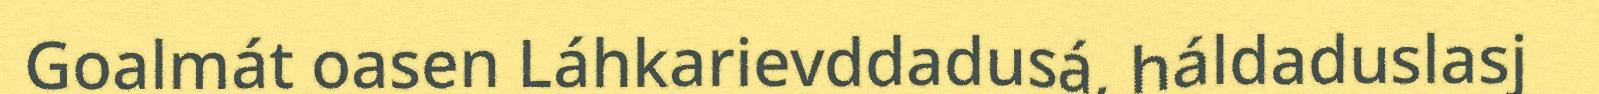
Goalmát oasen Láhkarievddadusá, háldaduslasj